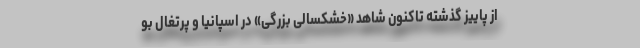
از پاییز گذشته تاکنون شاهد «خشکسالی بزرگی» در اسپانیا و پرتغال بو